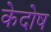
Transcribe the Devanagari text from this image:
केदोष